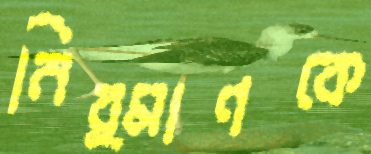
নির্মাণকে